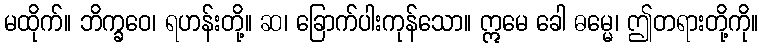
မထိုက်။ ဘိက္ခဝေ၊ ရဟန်းတို့။ ဆ၊ ခြောက်ပါးကုန်သော။ ဣမေ ခေါ ဓမ္မေ၊ ဤတရားတို့ကို။